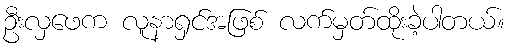
ဦးလှဖေက လူနာရှင်အဖြစ် လက်မှတ်ထိုးခဲ့ပါတယ်။